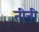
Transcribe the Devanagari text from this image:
तीनी